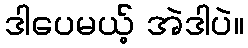
ဒါပေမယ့် အဲဒါပဲ။